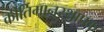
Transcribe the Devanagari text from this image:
कीर्तिमानस्थापक